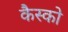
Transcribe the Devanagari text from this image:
कैस्को